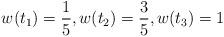
LaTeX: \begin{align*}w(t_1)=\frac{1}{5},w(t_2)=\frac{3}{5},w(t_3)=1\end{align*}